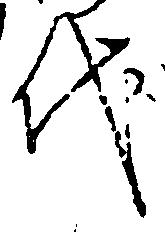
代